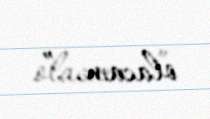
olacam...”.